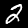
Digit: 2